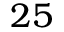
2 5